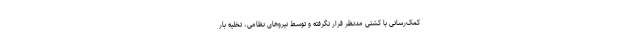
کمک‌رسانی با کشتی مدنظر قرار نگرفته و توسط نیروهای نظامی، تخلیه بار